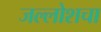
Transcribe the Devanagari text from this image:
जल्लोशचा